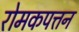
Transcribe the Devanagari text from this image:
रोमकपत्तन